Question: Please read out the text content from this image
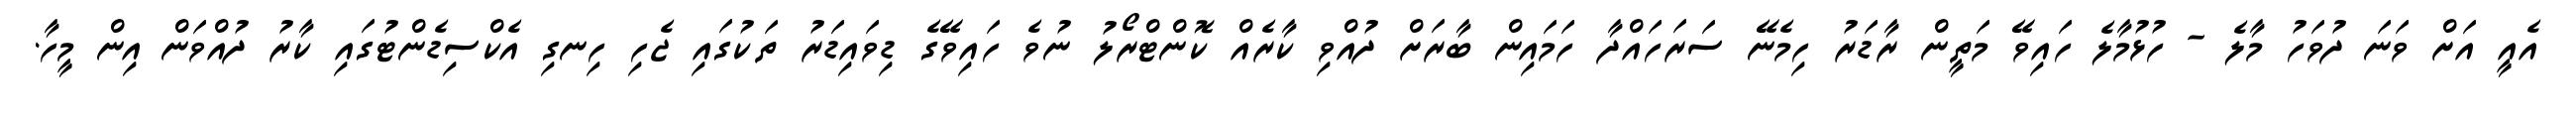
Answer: އެއީ އަށް ވަނަ ދުވަހު މާލެ - ހުޅުމާލެ ހައިވޭ މަތީން ރާޑަރު ހިމެނޭ ސަރަހައްދާ ހަމައިން ބާރަށް ދުއްވި ކާރެއް ކޮންޓްރޯލު ނުވެ ހައިވޭގެ ޑިވައިޑަރު ތަކުގައި ޖެހި ހިނގި އެކްސިޑެންޓުގައި ކާރު ދުއްވަން އިން މީހާ.